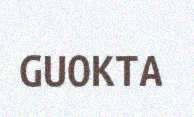
GUOKTA